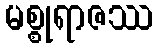
မစ္စုရာဇဿ